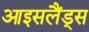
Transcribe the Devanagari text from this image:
आइसलैंड्स